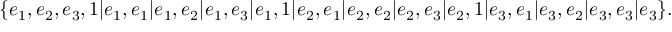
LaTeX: \{ e _ { 1 } , e _ { 2 } , e _ { 3 } , 1 | e _ { 1 } , e _ { 1 } | e _ { 1 } , e _ { 2 } | e _ { 1 } , e _ { 3 } | e _ { 1 } , 1 | e _ { 2 } , e _ { 1 } | e _ { 2 } , e _ { 2 } | e _ { 2 } , e _ { 3 } | e _ { 2 } , 1 | e _ { 3 } , e _ { 1 } | e _ { 3 } , e _ { 2 } | e _ { 3 } , e _ { 3 } | e _ { 3 } \} .